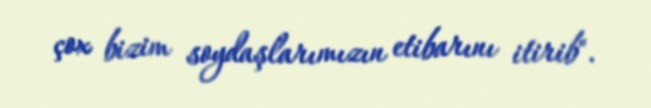
çox bizim soydaşlarımızın etibarını itirib".